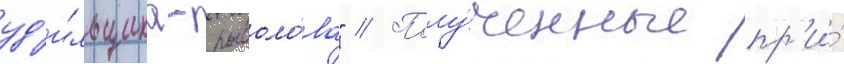
уд'и́льщика-рыболо́ва" // Полу́ченные пр'и́